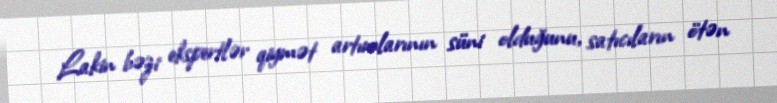
Lakin bəzi ekspertlər qiymət artımlarının süni olduğunu, satıcıların ötən